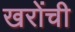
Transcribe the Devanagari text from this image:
खरोंची